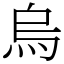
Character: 烏